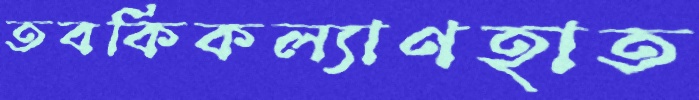
তবকিকল্যাণহাত